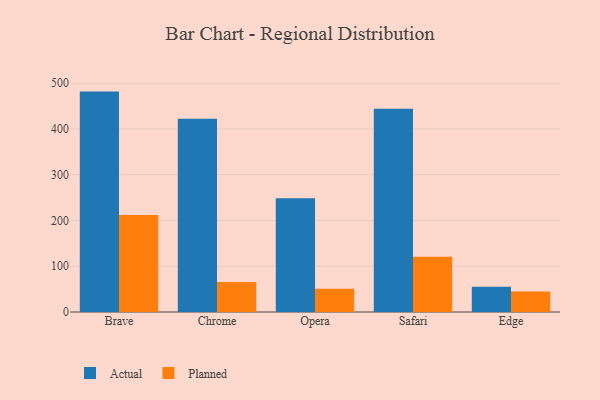
{"axis": {"x": "Browser", "y": "Satisfaction Score"}, "legend": ["Actual", "Planned"], "data": [{"x": "Brave", "y": 481.5, "type": "Actual"}, {"x": "Brave", "y": 211.7, "type": "Planned"}, {"x": "Chrome", "y": 422.2, "type": "Actual"}, {"x": "Chrome", "y": 65.3, "type": "Planned"}, {"x": "Opera", "y": 248.3, "type": "Actual"}, {"x": "Opera", "y": 50.7, "type": "Planned"}, {"x": "Safari", "y": 444.1, "type": "Actual"}, {"x": "Safari", "y": 120.9, "type": "Planned"}, {"x": "Edge", "y": 54.9, "type": "Actual"}, {"x": "Edge", "y": 44.9, "type": "Planned"}]}